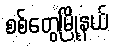
စစ်တွေမြို့နယ်